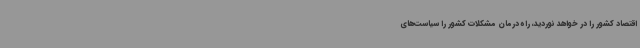
اقتصاد کشور را در خواهد نوردید، راه درمان مشکلات کشور را سیاست‌های